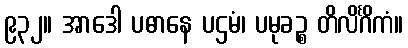
၉၃၂။ အာဒေါ ပဓာနေ ပဌမံ၊ ပမုခဉ္စ တိလိင်္ဂိကံ။